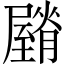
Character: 𦢡